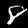
Label: 8